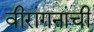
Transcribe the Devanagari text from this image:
वीरांगनांची